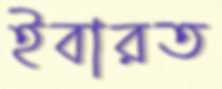
ইবারত